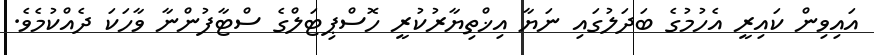
އައިވިން ކައިރީ އެހުމުގެ ބަދަލުގައި ނަޔާ އިޚްތިޔާރުކުރީ ހޮސްޕިޓަލްގެ ސްޓާފުންނާ ވާހަކަ ދެއްކުމެވެ.